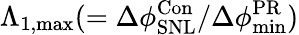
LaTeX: \Lambda_{1,\mathrm{{max}}}(=\Delta\phi_{\mathrm{{SNL}}}^{\mathrm{{Con}}}/\Delta\phi_{\mathrm{{min}}}^{\mathrm{{PR}}})